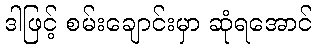
ဒါဖြင့် စမ်းချောင်းမှာ ဆုံရအောင်